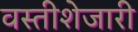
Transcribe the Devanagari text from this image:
वस्तीशेजारी